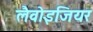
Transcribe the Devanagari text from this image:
लैवोइजियर